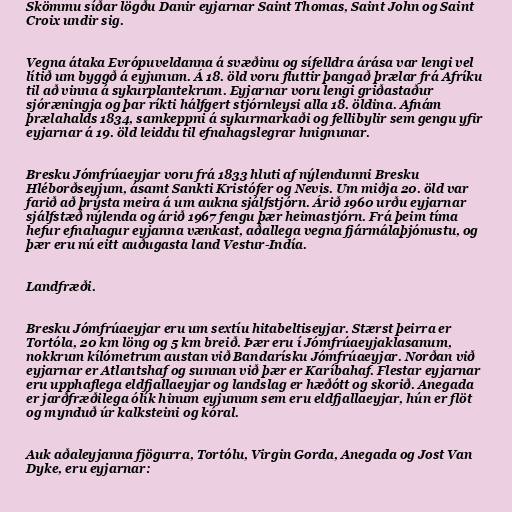
Skömmu síðar lögðu Danir eyjarnar Saint Thomas, Saint John og Saint
Croix undir sig.

Vegna átaka Evrópuveldanna á svæðinu og sífelldra árása var lengi vel
lítið um byggð á eyjunum. Á 18. öld voru fluttir þangað þrælar frá Afríku
til að vinna á sykurplantekrum. Eyjarnar voru lengi griðastaður
sjóræningja og þar ríkti hálfgert stjórnleysi alla 18. öldina. Afnám
þrælahalds 1834, samkeppni á sykurmarkaði og fellibylir sem gengu yfir
eyjarnar á 19. öld leiddu til efnahagslegrar hnignunar.

Bresku Jómfrúaeyjar voru frá 1833 hluti af nýlendunni Bresku
Hléborðseyjum, ásamt Sankti Kristófer og Nevis. Um miðja 20. öld var
farið að þrýsta meira á um aukna sjálfstjórn. Árið 1960 urðu eyjarnar
sjálfstæð nýlenda og árið 1967 fengu þær heimastjórn. Frá þeim tíma
hefur efnahagur eyjanna vænkast, aðallega vegna fjármálaþjónustu, og
þær eru nú eitt auðugasta land Vestur-Indía.

Landfræði.

Bresku Jómfrúaeyjar eru um sextíu hitabeltiseyjar. Stærst þeirra er
Tortóla, 20 km löng og 5 km breið. Þær eru í Jómfrúaeyjaklasanum,
nokkrum kílómetrum austan við Bandarísku Jómfrúaeyjar. Norðan við
eyjarnar er Atlantshaf og sunnan við þær er Karíbahaf. Flestar eyjarnar
eru upphaflega eldfjallaeyjar og landslag er hæðótt og skorið. Anegada
er jarðfræðilega ólík hinum eyjunum sem eru eldfjallaeyjar, hún er flöt
og mynduð úr kalksteini og kóral.

Auk aðaleyjanna fjögurra, Tortólu, Virgin Gorda, Anegada og Jost Van
Dyke, eru eyjarnar: